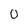
Character: o